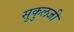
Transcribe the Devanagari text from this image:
सुकुलजी